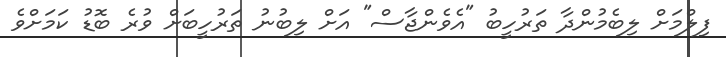
ފިލްމަށް ލިބެމުންދާ ތަރުހީބު "އެވެންޖާސް" އަށް ލިބުނު ތަރުހީބަށް ވުރެ ބޮޑު ކަމަށްވެ